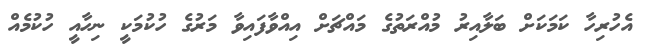
އެހުރިހާ ކަމަކަށް ބަލާއިރު މުއްރަތުގެ މައްޗަށް އިއްވާފައިވާ މަރުގެ ހުކުމަކީ ނިހާއީ ހުކުމެއް